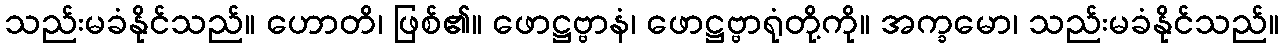
သည်းမခံနိုင်သည်။ ဟောတိ၊ ဖြစ်၏။ ဖောဋ္ဌဗ္ဗာနံ၊ ဖောဋ္ဌဗ္ဗာရုံတို့ကို။ အက္ခမော၊ သည်းမခံနိုင်သည်။